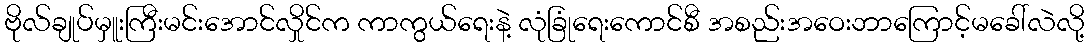
ဗိုလ်ချုပ်မှူးကြီးမင်းအောင်လှိုင်က ကာကွယ်ရေးနဲ့ လုံခြုံရေးကောင်စီ အစည်းအဝေးဘာကြောင့်မခေါ်လဲလို့